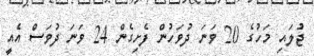
ޖުލައި މަހުގެ 20 ވަނަ ދުވަހުން ފެށިގެން 24 ވަނަ ދުވަސް އެއީ